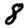
Digit: 8